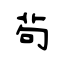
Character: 茍